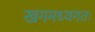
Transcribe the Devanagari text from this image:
खगमध्यगतः